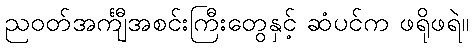
ညဝတ်အင်္ကျီအစင်းကြီးတွေနှင့် ဆံပင်က ဖရိုဖရဲ။